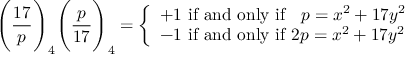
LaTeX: { \Bigg ( } { \frac { 1 7 } { p } } { \Bigg ) } _ { 4 } { \Bigg ( } { \frac { p } { 1 7 } } { \Bigg ) } _ { 4 } = { \left\{ \begin{array} { l l } { + 1 { \mathrm { ~ i f ~ a n d ~ o n l y ~ i f ~ } } \; \; p = x ^ { 2 } + 1 7 y ^ { 2 } } \\ { - 1 { \mathrm { ~ i f ~ a n d ~ o n l y ~ i f ~ } } 2 p = x ^ { 2 } + 1 7 y ^ { 2 } } \end{array} \right. }